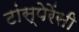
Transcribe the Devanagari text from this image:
टांस्पेरेंसी